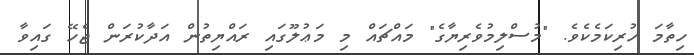
ހިތާމަ ހުރިކަމެކެވެ. "މުސްލިމުވެރިޔާގެ" މައްޗައް މި މަޢުލޫގައި ރައްޔިތުން އަދާކުރަން ޖެހޭ ގައިވާ